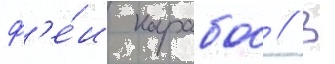
ф'е́и карабос // В